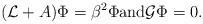
LaTeX: \begin{align*} (\mathcal L+A)\Phi =\beta^2\Phi \hbox{and} \mathcal G\Phi =0.\end{align*}